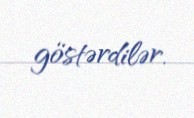
göstərdilər.